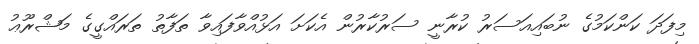
މިފަދަ ކަންކަމުގެ ނުބައިއަސަރު ކުރާނީ ސަރުކާރުން އެކަށަ އަޅުއްވާފައިވާ ތަފާތު ތަރައްގީގެ މަޝްރޫޢު